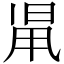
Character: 𣆨